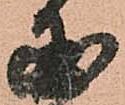
国